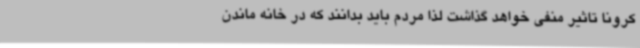
کرونا تاثیر منفی خواهد گذاشت لذا مردم باید بدانند که در خانه ماندن